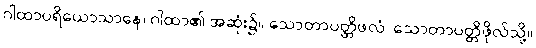
ဂါထာပရိယောသာနေ၊ ဂါထာ၏ အဆုံး၌။ သောတာပတ္တိဖလံ၊ သောတာပတ္တိဖိုလ်သို့။